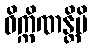
ဝိက္ကိဏန္တိပိ